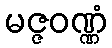
မဇ္ဇဝဏ္ဏံ